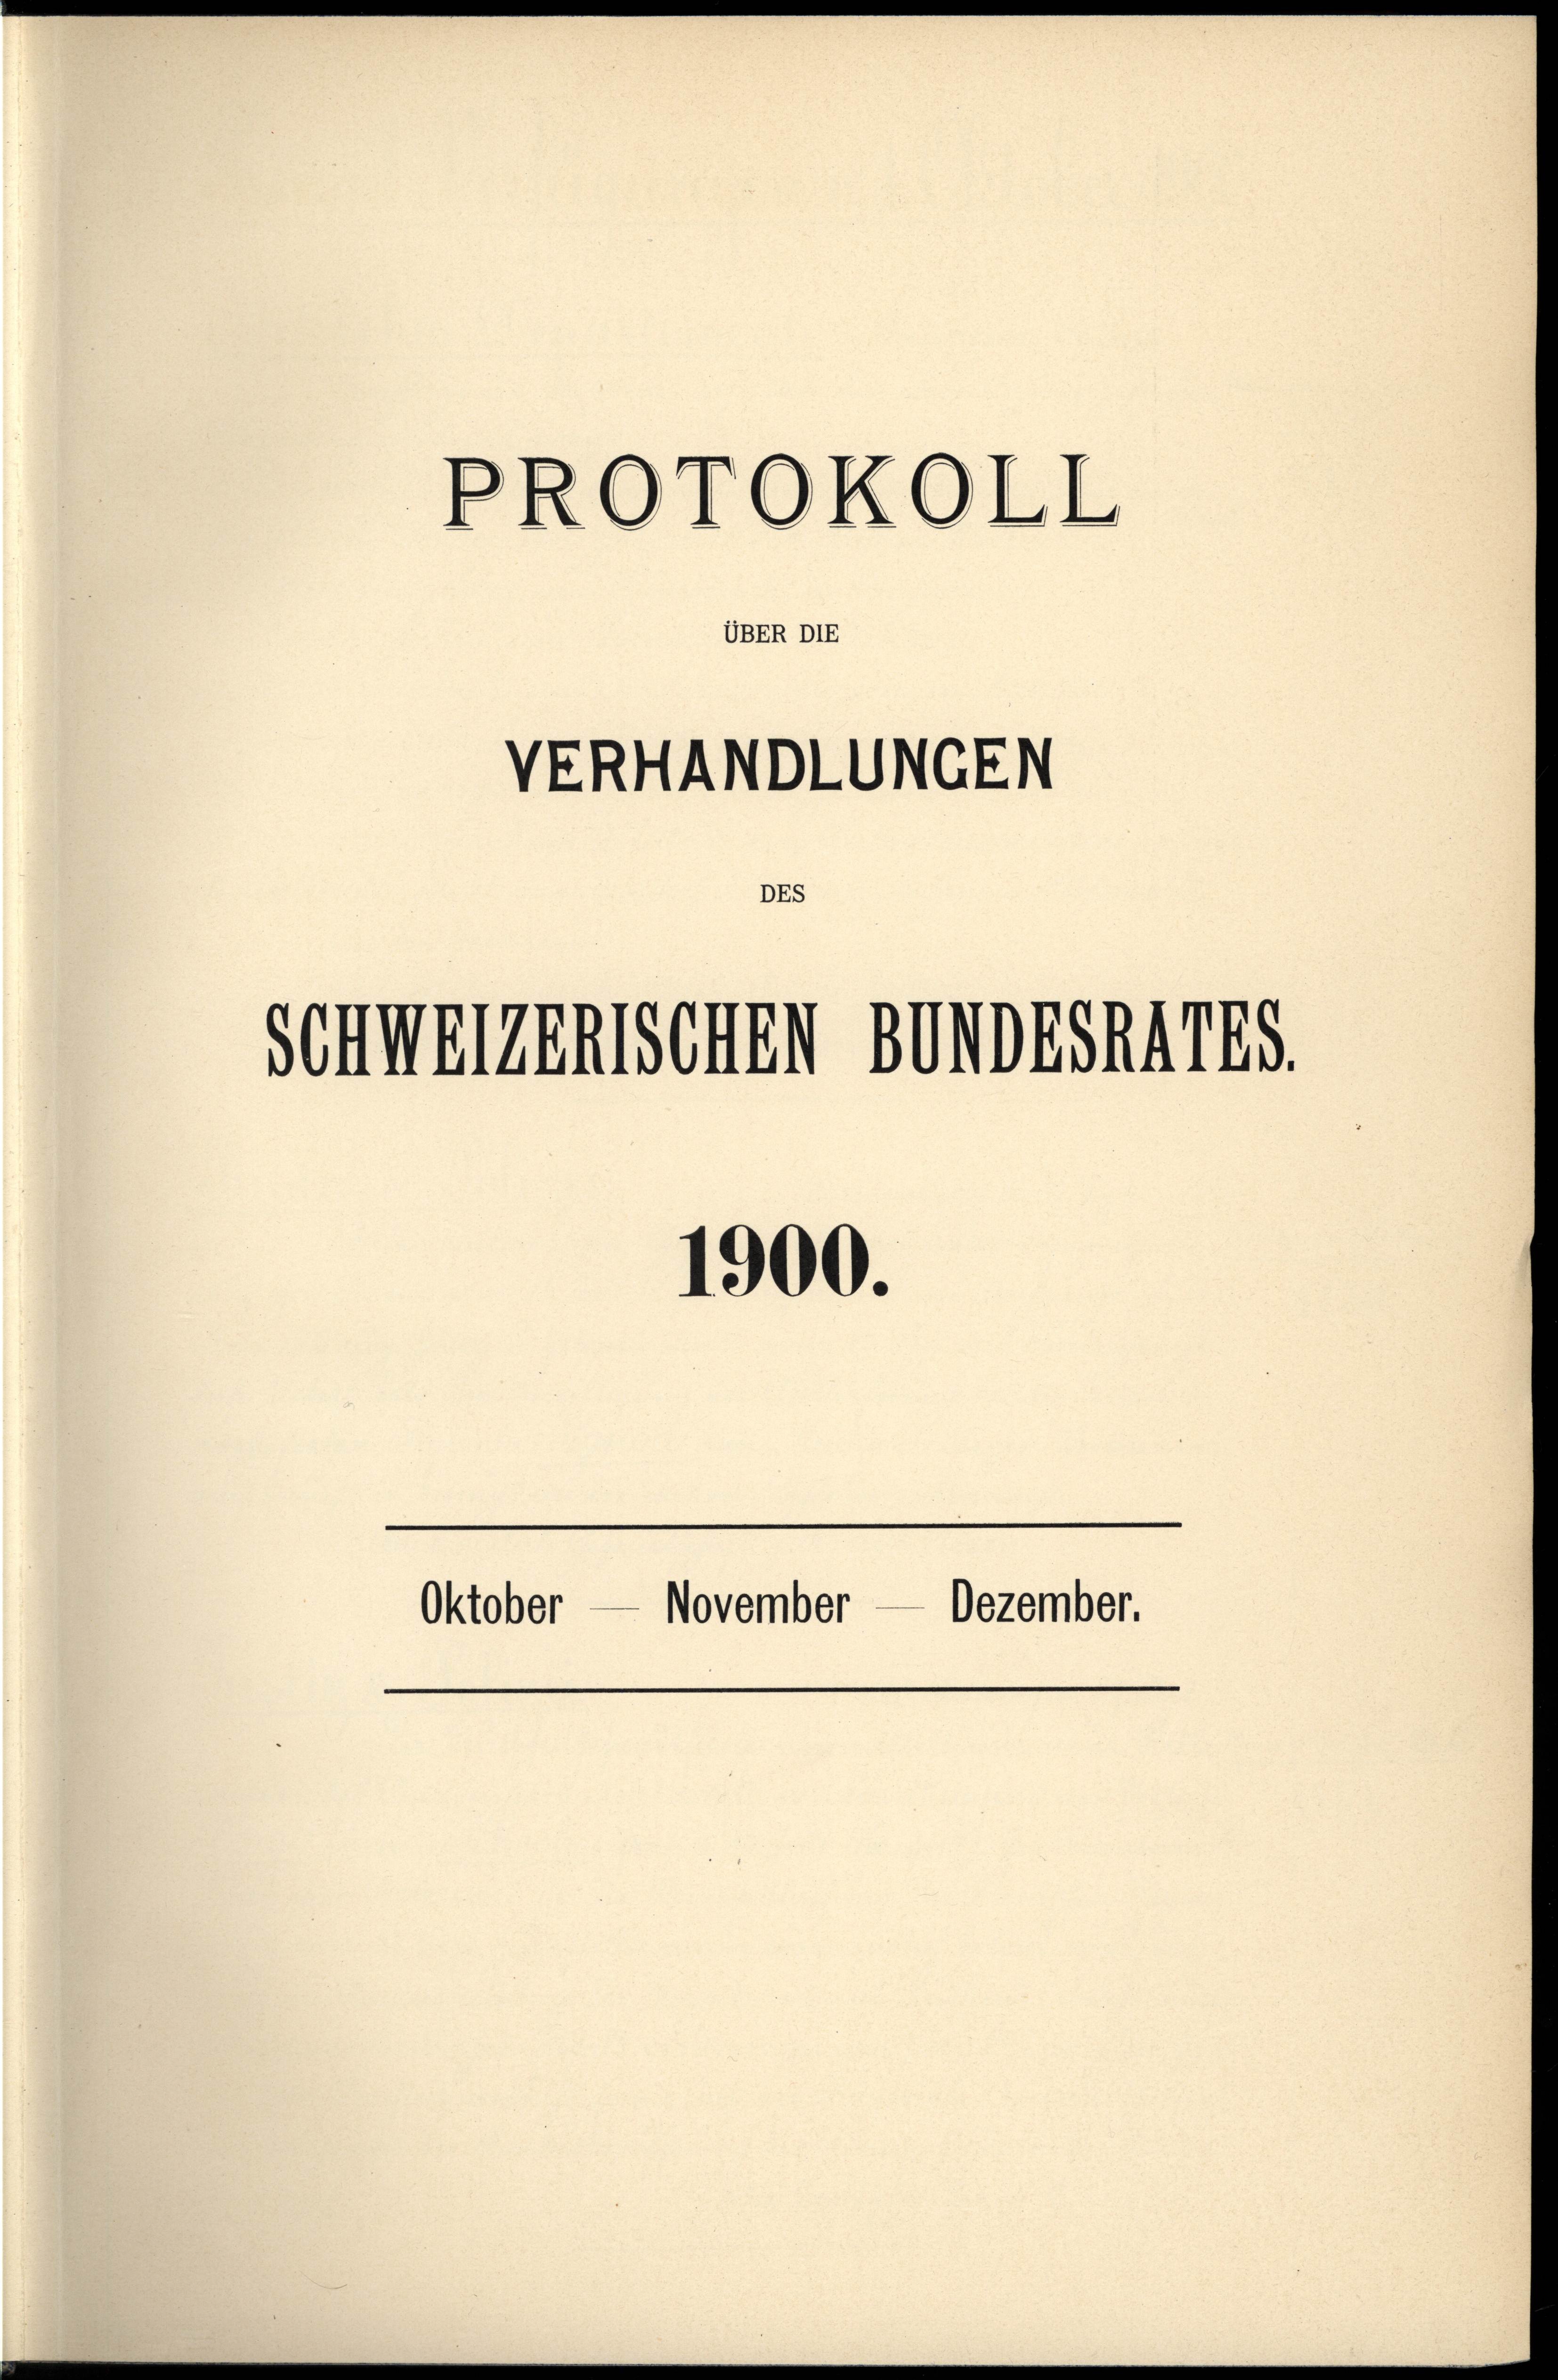
PROTOKOLL

VERHANDLUNGEN
DE

UBER DIE

1900.
Oktober — November — Dezember.

Schweizerischen Bundesnars.